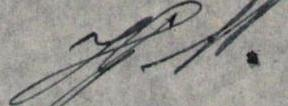
J.W.